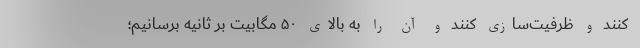
کنند و ظرفیت‌سازی کنند و آن را به بالای ۵۰ مگابیت بر ثانیه برسانیم؛